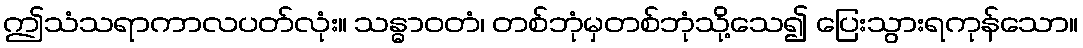
ဤသံသရာကာလပတ်လုံး။ သန္ဓာဝတံ၊ တစ်ဘုံမှတစ်ဘုံသို့သေ၍ ပြေးသွားရကုန်သော။